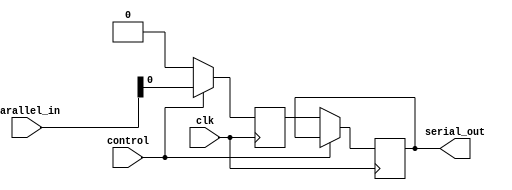
module parallel_in_serial_out_register(
  input wire clk,
  input wire control,
  input wire [7:0] parallel_in,
  output reg serial_out
);

reg [7:0] storage;

always @(posedge clk) begin
  if (control) begin
    storage <= parallel_in;
  end 
  else begin
    serial_out <= storage[0];
    storage <= {storage[6:0], 1'b0};
  end
end

endmodule